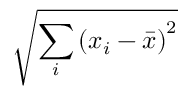
\sqrt { \sum _ { i } \left( x _ { i } - { \bar { x } } \right) ^ { 2 } }